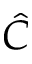
\hat { C }